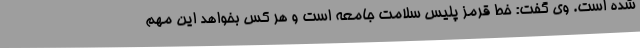
شده است. وی گفت: خط قرمز پلیس سلامت جامعه است و هر کس بخواهد این مهم